Leaving Certificate Examination, 1923
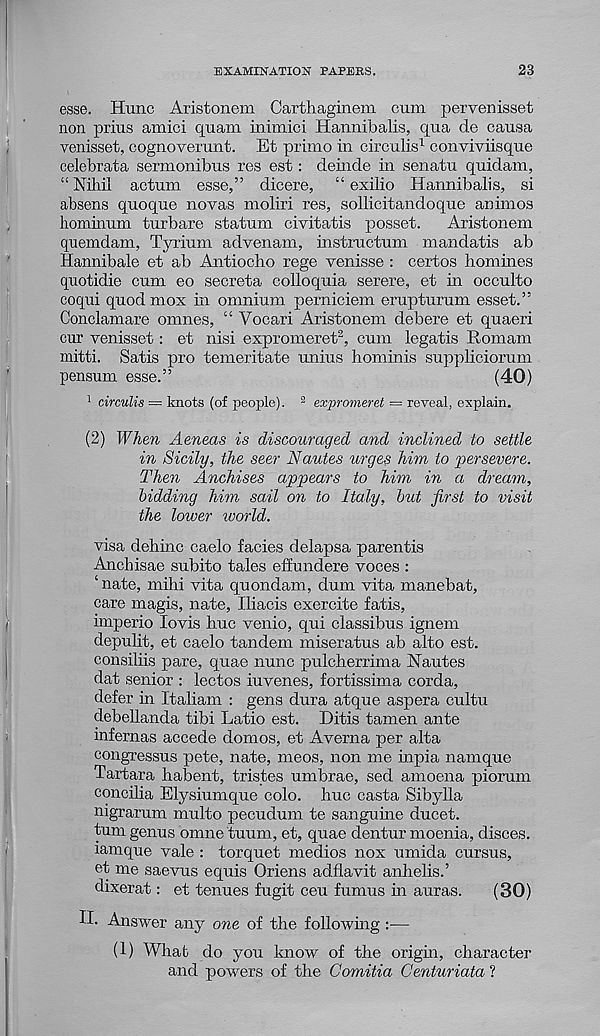
EXAMINATION PAPERS.
23
esse. Hunc Aristonem Carthaginem cum pervenisset
non prius amici quam inimici Hannibalis, qua de causa
venisset, cognoverunt. Et primo in circulis 1 conviviisque
celebrata sermonibus res est: deinde in senatu quidam,
“ Niliil actum esse,” dicere, “ exilio Hannibalis, si
absens quoque novas moliri res, sollicitandoque animos
hominum turbare statum civitatis posset. Aristonem
quemdam, Tyrium advenam, instructum mandatis ab
Hannibale et ab Antiocho rege venisse : certos homines
quotidie cum eo secreta colloquia serere, et in occulto
coqui quodmox in omnium perniciem erupturum esset.”
Conclamare omnes, “ Vocari Aristonem debere et quaeri
cur venisset: et nisi expromeret 2 , cum legatis Romam
mitti. Satis pro temeritate unius hominis suppliciorum
pensum esse.”
(40)
1 circulis = knots (of people). 2 expromeret = reveal, explain.
(2) When Aeneas is discouraged and inclined to settle
in Sicily, the seer Nantes urges him to persevere.
Then
Anchises
appears
to
him
in
a
dream,
bidding him sail on to Italy, but first to visit
the lower ivorld.
visa dehinc caelo facies delapsa parentis
Anchisae subito tales effundere voces :
‘ nate, mihi vita quondam, dum vita manebat,
care magis, nate, Iliacis exercite fatis,
imperio lovis hue venio, qui classibus ignem
depulit, et caelo tandem miseratus ab alto est.
consiliis pare, quae nunc pulcherrima Nantes
dat senior : lectos iuvenes, fortissima corda,
defer in Italiam : gens dura atque aspera cultu
debellanda tibi Ratio est. Ditis tamen ante
infernas accede domes, et Averna per alta
congressus pete, nate, meos, non me inpia namque
Tartara habent, tristes umbrae, sed amoena piorum
concilia Elysiumque colo. hue casta Sibylla
nigrarum multo pecudum te sangume ducet.
turn genus omne tuum, et, quae dentur moenia, disces.
lamque vale : torquet medios nox umida cursus,
et me saevus equis Oriens adflavit anhelis.’
dixerat: et tenues fugit ceu fumus in auras.
(30)
II. Answer any one of the following:—
(1) What do you know of the origm, character
and powers of the Comitia Centuriata ?